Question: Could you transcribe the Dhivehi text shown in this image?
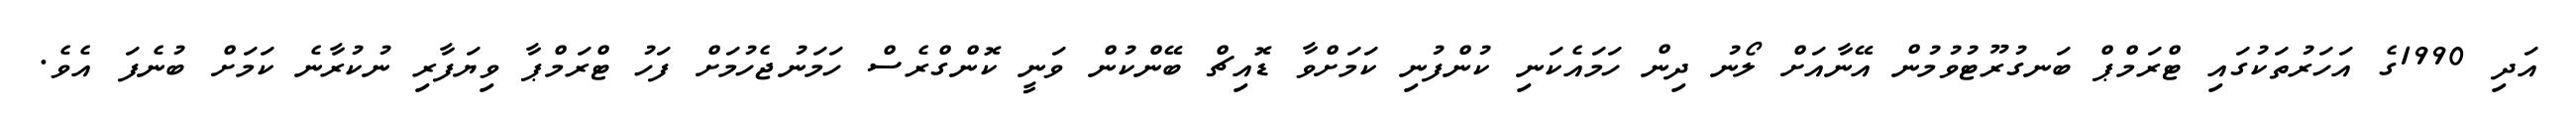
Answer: އަދި 1990ގެ އަހަރުތަކުގައި ޓްރަމްޕް ބަނގުރޫޓުވުމުން އޭނާއަށް ލޯނު ދިން ހަމައެކަނި ކުންފުނި ކަމަށްވާ ޑޮއިޗް ބޭންކުން ވަނީ ކޮންގްރެސް ހަމަނުޖެހުމަށް ފަހު ޓްރަމްޕާ ވިޔަފާރި ނުކުރާނެ ކަމަށް ބުނެފަ އެވެ.